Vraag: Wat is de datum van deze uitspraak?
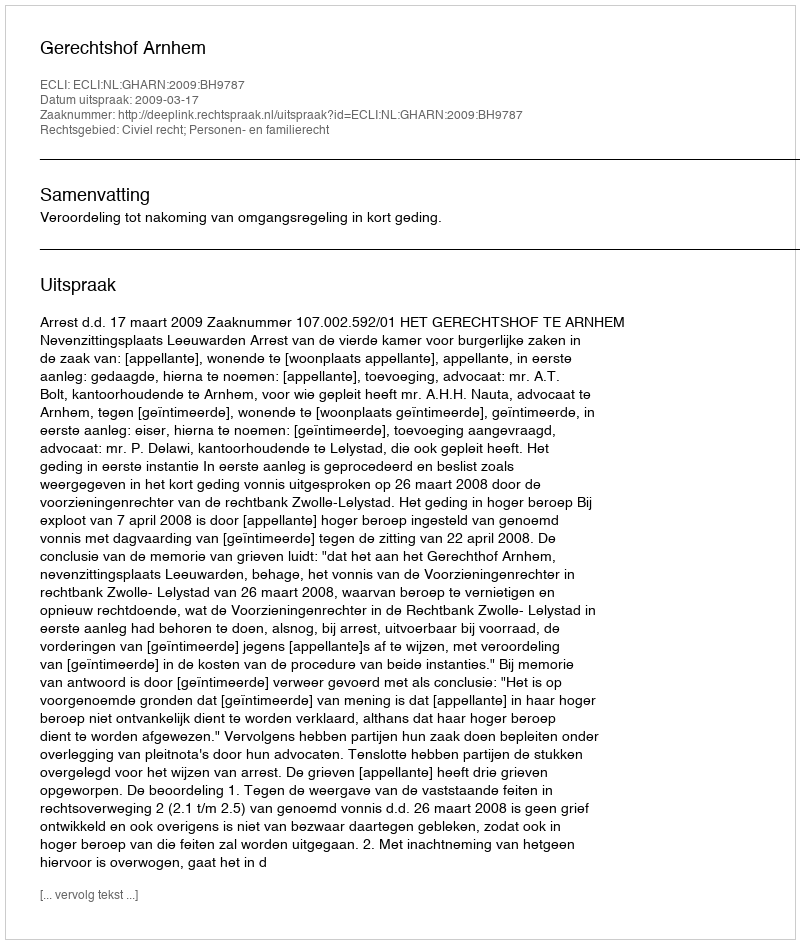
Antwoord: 2009-03-17